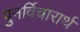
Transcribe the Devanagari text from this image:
पुनर्विचारार्थ